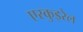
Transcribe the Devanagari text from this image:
एस्कुइरेल